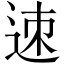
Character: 𨒪